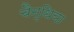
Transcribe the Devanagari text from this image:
चैन्धिया